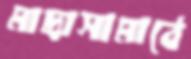
মাদ্রাসামাঠে